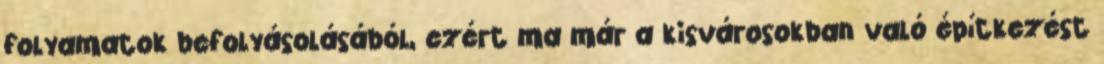
folyamatok befolyásolásából, ezért ma már a kisvárosokban való építkezést